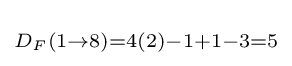
\scriptstyle D_{F}(1\rightarrow 8)=4(2)-1+1-3=5